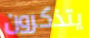
يتذكرون